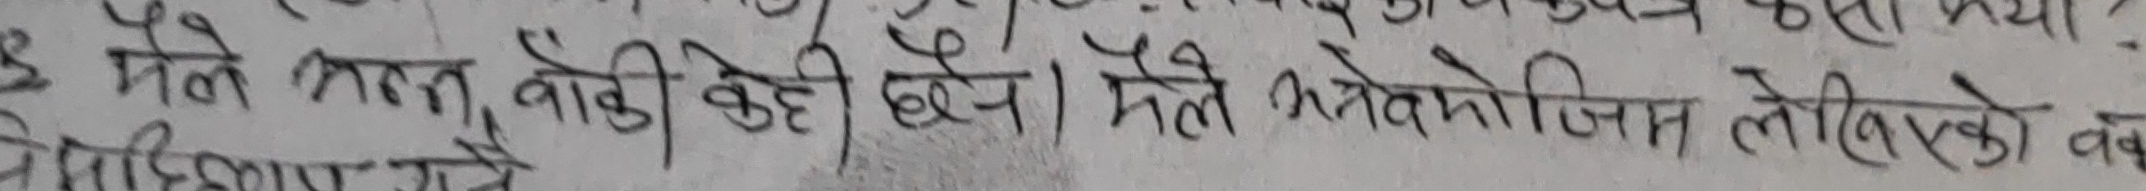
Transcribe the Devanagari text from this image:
मैले भात वादी केही छैन। मैले भेतेको जिम्म लिएएको वक